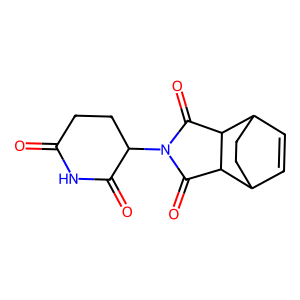
SMILES: O=C1CCC(N2C(=O)C3C4C=CC(CC4)C3C2=O)C(=O)N1
Inhibits HIV replication: No